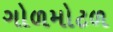
ગોળમોટળ